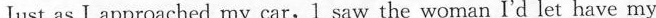
Just as I approached my car,l saw the woman I'd let have my